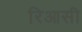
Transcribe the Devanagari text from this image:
रिआसी